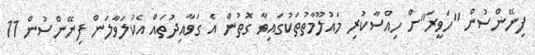
ފިނޭންސުން "ހަވީރަ"ށް ހިއްސާކުރި މައުލޫމާތުތަކުގައިވާ ގޮތުން އެ ގަވާއިދުތައް އެކުލަވާލަން ފިނޭންސުން 11